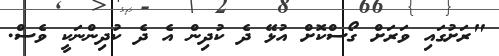
"ރަށުގައި ވަރަށް ގޯސްކޮށް އުޅޭ ދެ ކުދިން އެ ދެ ކުދިންނަކީ ވެސް.